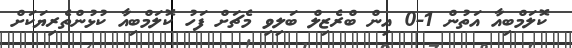
ކޮލަމްބިއާ އަތުން 1-0 އިން ބްރެޒިލް ބަލިވި މެޗަށް ފަހު ކޮލަމްބިއާ ކުޅުންތެރިޔަަކަށް